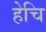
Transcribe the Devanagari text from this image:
हेचि